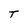
Character: T